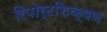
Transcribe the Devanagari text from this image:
रिपोर्टशिक्षण